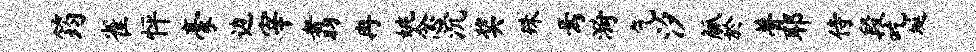
筠雀怦豪边宰翥冉姚念沉奖殊焉漪乞汐觚於瞢耶侍段吃埏